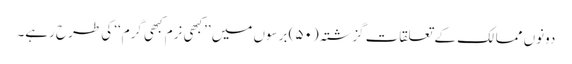
دونوں ممالک کے تعلقات گزشتہ (۵۰) برسوں میں ’’کبھی نرم کبھی گرم‘‘ کی طرح رہے۔